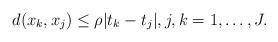
LaTeX: \begin{align*}d(x_k, x_j) \le \rho|t_{k} - t_{j}|, j,k = 1,\dots,J. \end{align*}